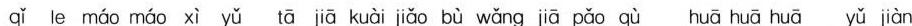
qǐ le máo máo xì yǔ tā jiā kuài jiǎo bù wǎng jiā pǎo qù huā huā huā yǔ jiàn